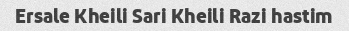
Ersale Kheili Sari Kheili Razi hastim